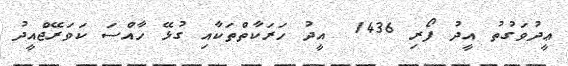
ޢީދުވަގުތު އީދު ފޯރި 1436  އީދު ހަރަކާތްތަކާއި ގުޅޭ ހާއްސަ ކަވަރޭޖްއީދު